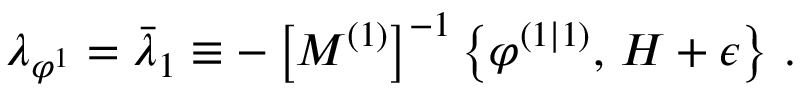
\lambda _ { \varphi ^ { 1 } } = \bar { \lambda } _ { 1 } \equiv - \left[ M ^ { \left( 1 \right) } \right] ^ { - 1 } \left\{ \varphi ^ { \left( 1 | 1 \right) } , \, H + \epsilon \right\} \, .